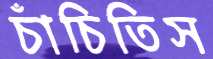
চাঁচিতিস